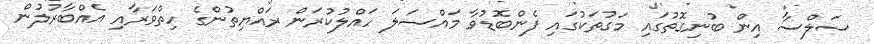
ސަލްސާ އިން ބުނިގޮތުގައި މަގުތަކުގައި ފެންބޮޑުވާ މައްސަލަ ހައްލުކުރަން ރައްޔިތުންގެ ހިތްވަރާއި އެއްބާރުލުން